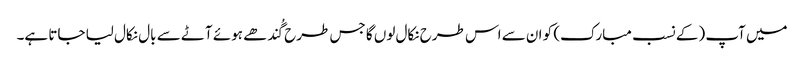
میں آپ (کے نسب مبارک) کو ان سے اس طرح نکال لوں گا جس طرح گُندھے ہوئے آٹے سے بال نکال لیا جاتا ہے۔